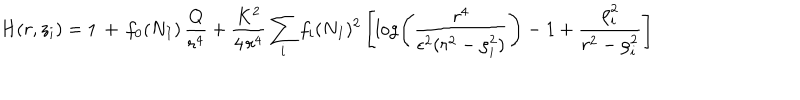
LaTeX: H ( r , z _ { i } ) = 1 \, + \, f _ { 0 } ( N _ { I } ) \, \frac { Q } { r ^ { 4 } } + \frac { K ^ { 2 } } { 4 \, r ^ { 4 } } \sum _ { i } f _ { i } ( N _ { I } ) ^ { 2 } \left[ \log \left( \frac { r ^ { 4 } } { \epsilon ^ { 2 } ( r ^ { 2 } - \rho _ { i } ^ { 2 } ) } \right) - 1 + \frac { \rho _ { i } ^ { 2 } } { r ^ { 2 } - \rho _ { i } ^ { 2 } } \right]